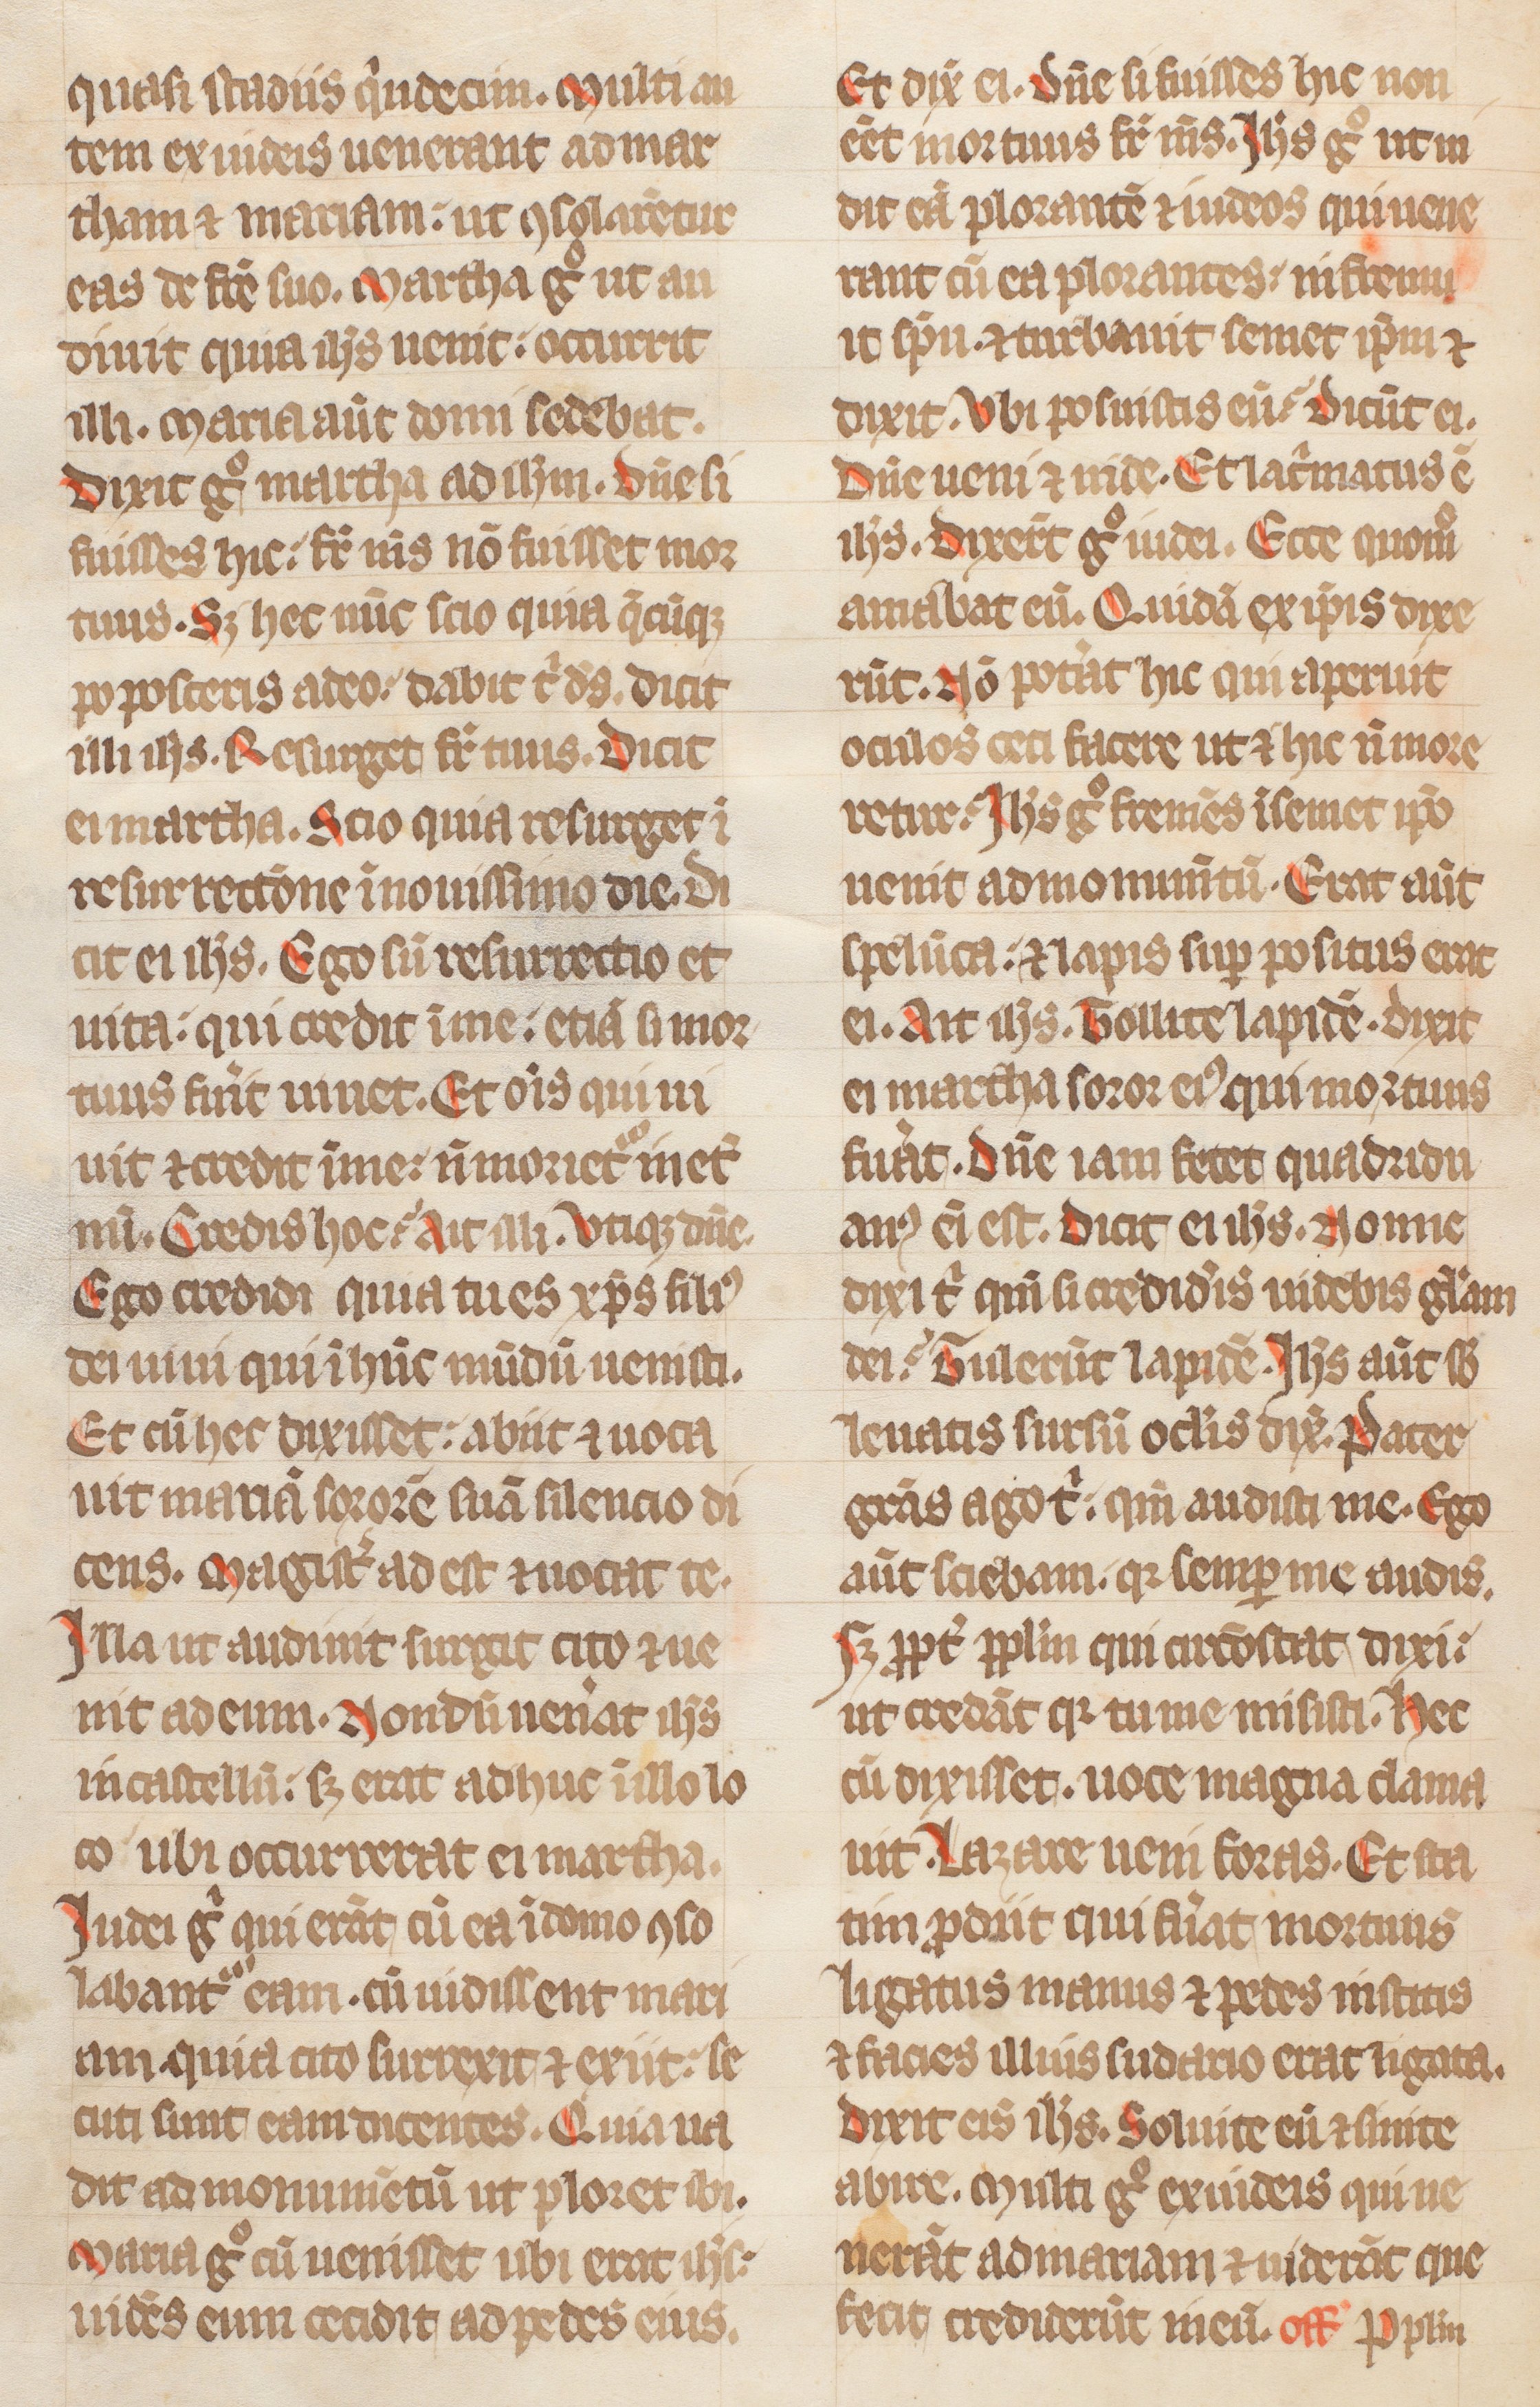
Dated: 1300–1399